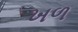
ખળ